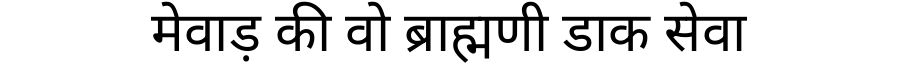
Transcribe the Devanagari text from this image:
मेवाड़ की वो ब्राह्मणी डाक सेवा